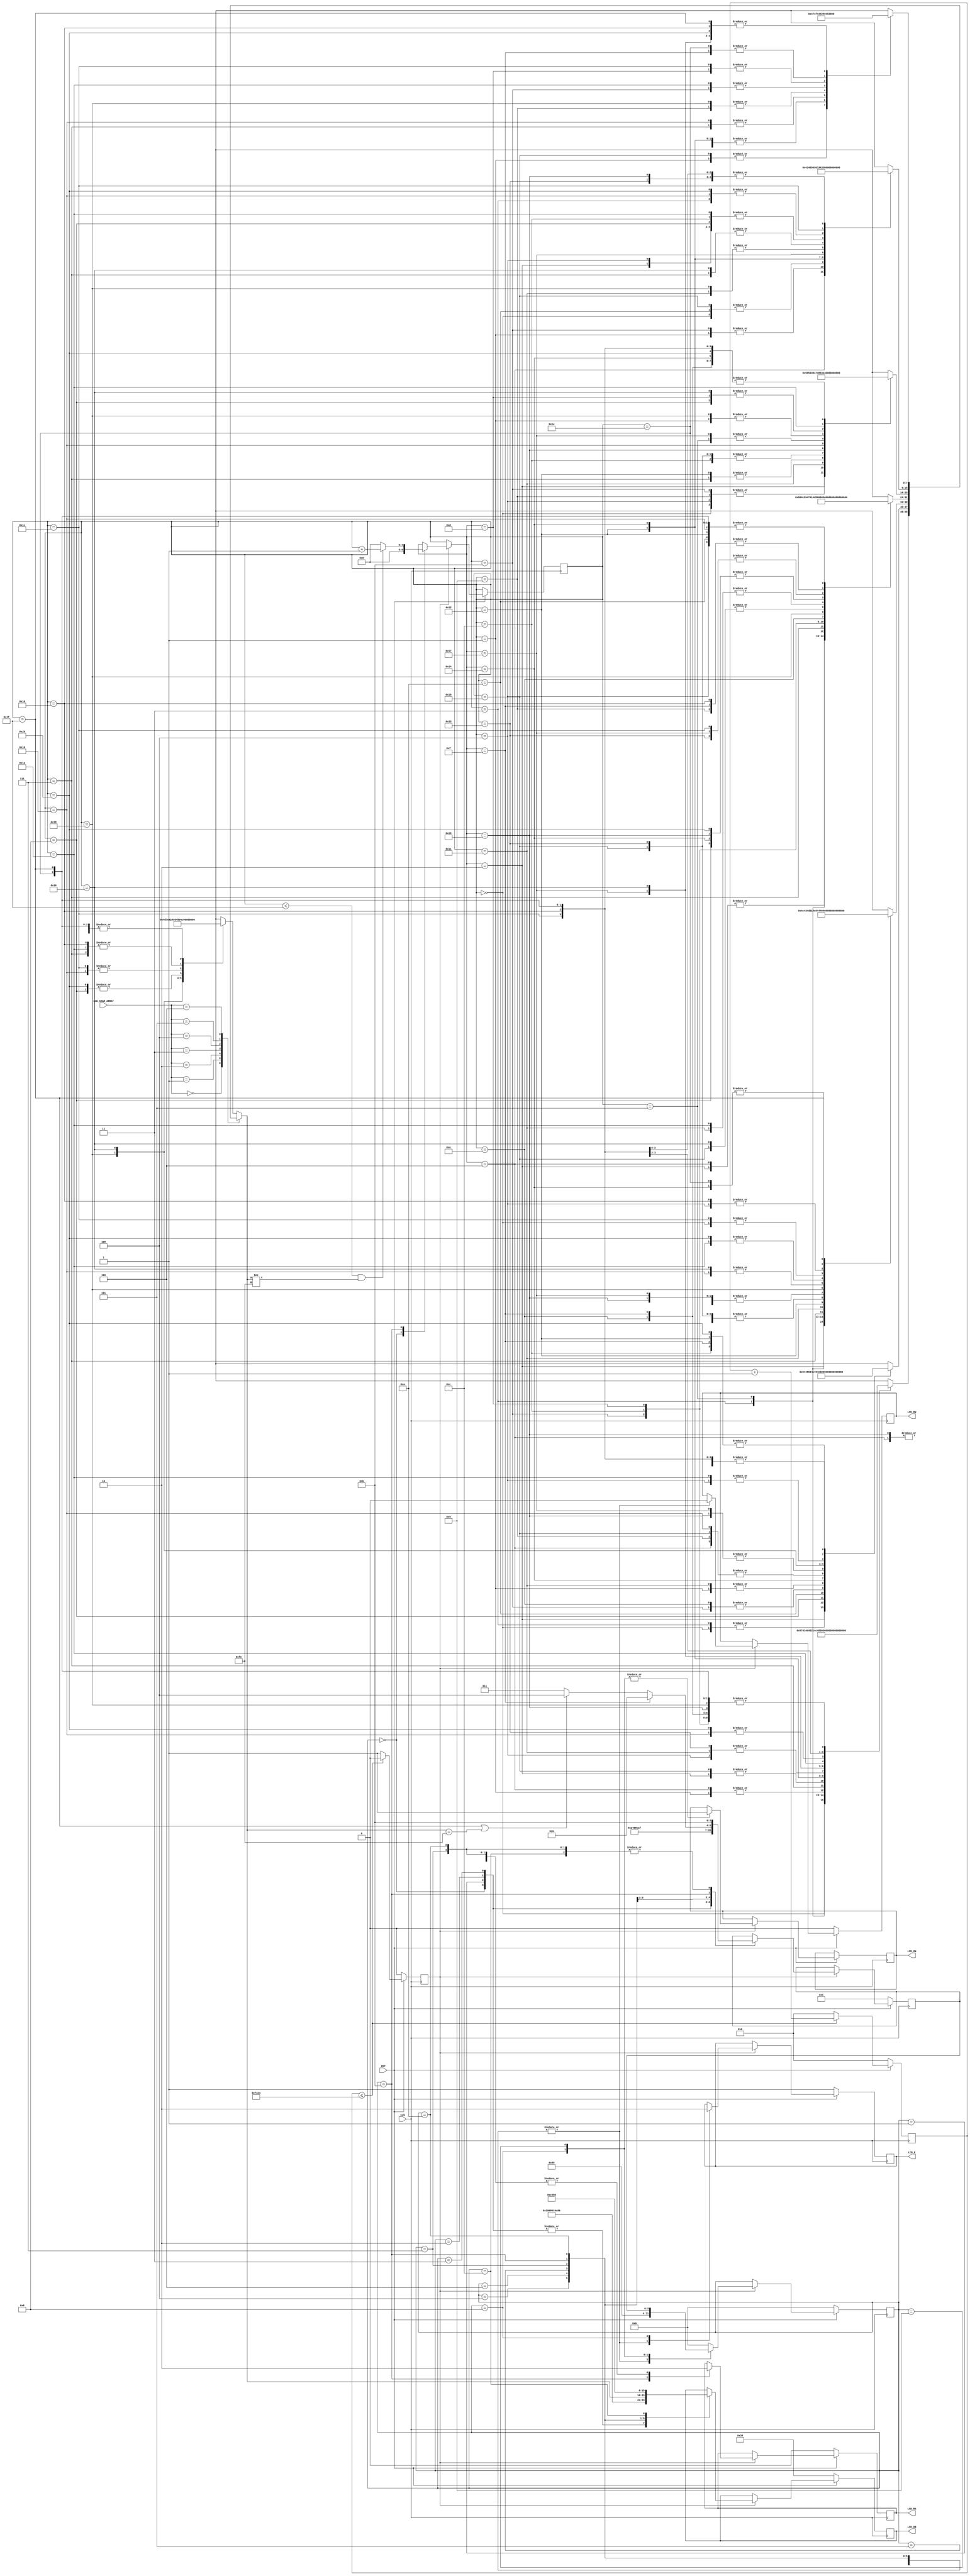
`timescale 1ns / 1ps

module FPGA_2_LCD(
	CLK, LCD_RS, LCD_RW, LCD_E, LCD_DB, RST, LCD_ON, LCD_CHAR_ARRAY
);
input CLK;			
input RST;

input [3:0] LCD_CHAR_ARRAY;         

output reg LCD_RS, LCD_RW, LCD_E, LCD_ON;
output reg [7:0] LCD_DB = 0;

reg clk_400hz_enable; 					
reg [7:0] next_char; 					
reg [19:0] clk_count_400hz;         
reg [4:0] char_count;               

wire [7:0] string1 [31:0];wire [7:0] string2 [31:0];wire [7:0] string3 [31:0];
wire [7:0] string4 [31:0];wire [7:0] string5 [31:0];wire [7:0] string6 [31:0];
wire [7:0] string7 [31:0];wire [7:0] string [31:0];
//-----------------------Hex Characters Used----------------------
reg [7:0] W = 8'h57;reg [7:0] E = 8'h45;reg [7:0] L = 8'h4C;reg [7:0] C = 8'h43;
reg [7:0] O = 8'h4F;reg [7:0] M = 8'h4D;
reg [7:0] G = 8'h47;reg [7:0] I = 8'h49;reg [7:0] N = 8'h4E;reg [7:0] R = 8'h52;
reg [7:0] Q = 8'h51;reg [7:0] U = 8'h55;reg [7:0] T = 8'h54;
reg [7:0] A = 8'h41;reg [7:0] V = 8'h56;reg [7:0] D = 8'h44;reg [7:0] P = 8'h50;
reg [7:0] S = 8'h53;reg [7:0] Y = 8'h59;reg [7:0] H = 8'h48;
reg [7:0] B = 8'h42;reg [7:0] SP = 8'h20;
reg [7:0] EX = 8'h21;reg [7:0] QU = 8'h3F;reg [7:0] _3 = 8'h33;reg [7:0]arrow = 8'h7E;
//-----------------------Assign Char to Strings-----------------
// string 1 "WELCOME!        LOGIN OR QUIT?"
assign string1[0] = W;assign string1[8] = SP;assign string1[16] = L;assign string1[24] = SP;
assign string1[1] = E;assign string1[9] = SP;assign string1[17] = O;assign string1[25] = Q;
assign string1[2] = L;assign string1[10] = SP;assign string1[18] = G;assign string1[26] = U;
assign string1[3] = C;assign string1[11] = SP;assign string1[19] = I;assign string1[27] = I;
assign string1[4] = O;assign string1[12] = SP;assign string1[20] = N;assign string1[28] = T;
assign string1[5] = M;assign string1[13] = SP;assign string1[21] = SP;assign string1[29] = QU;
assign string1[6] = E;assign string1[14] = SP;assign string1[22] = O;assign string1[30] = SP;
assign string1[7] = EX;assign string1[15] = SP;assign string1[23] = R;assign string1[31] = SP;
// string 2
assign string2[0] = E;assign string2[8] = V;assign string2[16] = A;assign string2[24] = W;
assign string2[1] = N;assign string2[9] = A;assign string2[17] = N;assign string2[25] = O;
assign string2[2] = T;assign string2[10] = L;assign string2[18] = D;assign string2[26] = R;
assign string2[3] = E;assign string2[11] = I;assign string2[19] = SP;assign string2[27] = D;
assign string2[4] = R;assign string2[12] = D;assign string2[20] = P;assign string2[28] = SP;
assign string2[5] = SP;assign string2[13] = SP;assign string2[21] = A;assign string2[29] = SP;
assign string2[6] = A;assign string2[14] = I;assign string2[22] = S;assign string2[30] = SP;
assign string2[7] = SP;assign string2[15] = D;assign string2[23] = S;assign string2[31] = SP;
// string 3
assign string3[0] = W;assign string3[8] = SP;assign string3[16] = E;assign string3[24] = P;
assign string3[1] = E;assign string3[9] = SP;assign string3[17] = N;assign string3[25] = A;
assign string3[2] = L;assign string3[10] = SP;assign string3[18] = T;assign string3[26] = S;
assign string3[3] = C;assign string3[11] = SP;assign string3[19] = E;assign string3[27] = S;
assign string3[4] = O;assign string3[12] = SP;assign string3[20] = R;assign string3[28] = W;
assign string3[5] = M;assign string3[13] = SP;assign string3[21] = SP;assign string3[29] = O;
assign string3[6] = E;assign string3[14] = SP;assign string3[22] = A;assign string3[30] = R;
assign string3[7] = EX;assign string3[15] = SP;assign string3[23] = SP;assign string3[31] = D;
// string 4
assign string4[0] = P;assign string4[8] = E;assign string4[16] = O;assign string4[24] = C;
assign string4[1] = L;assign string4[9] = QU;assign string4[17] = R;assign string4[25] = O;
assign string4[2] = A;assign string4[10] = SP;assign string4[18] = SP;assign string4[26] = R;
assign string4[3] = Y;assign string4[11] = Q;assign string4[19] = S;assign string4[27] = E;
assign string4[4] = SP;assign string4[12] = U;assign string4[20] = E;assign string4[28] = S;
assign string4[5] = G;assign string4[13] = I;assign string4[21] = E;assign string4[29] = QU;
assign string4[6] = A;assign string4[14] = T;assign string4[22] = SP;assign string4[30] = SP;
assign string4[7] = M;assign string4[15] = QU;assign string4[23] = S;assign string4[31] = SP;
// string 5
assign string5[0] = T;assign string5[8] = E;assign string5[16] = H;assign string5[24] = R;
assign string5[1] = R;assign string5[9] = T;assign string5[17] = I;assign string5[25] = E;
assign string5[2] = Y;assign string5[10] = SP;assign string5[18] = G;assign string5[26] = EX;
assign string5[3] = SP;assign string5[11] = T;assign string5[19] = H;assign string5[27] = SP;
assign string5[4] = T;assign string5[12] = H;assign string5[20] = SP;assign string5[28] = SP;
assign string5[5] = O;assign string5[13] = E;assign string5[21] = S;assign string5[29] = SP;
assign string5[6] = SP;assign string5[14] = SP;assign string5[22] = C;assign string5[30] = SP;
assign string5[7] = G;assign string5[15] = SP;assign string5[23] = O;assign string5[31] = SP;
// string 6
assign string6[0] = T;assign string6[8] = E;assign string6[16] = T;assign string6[24] = O;
assign string6[1] = H;assign string6[9] = SP;assign string6[17] = O;assign string6[25] = R;
assign string6[2] = E;assign string6[10] = T;assign string6[18] = P;assign string6[26] = E;
assign string6[3] = S;assign string6[11] = H;assign string6[19] = SP;assign string6[27] = S;
assign string6[4] = E;assign string6[12] = E;assign string6[20] = _3;assign string6[28] = EX;
assign string6[5] = SP;assign string6[13] = SP;assign string6[21] = SP;assign string6[29] = SP;
assign string6[6] = A;assign string6[14] = SP;assign string6[22] = S;assign string6[30] = SP;
assign string6[7] = R;assign string6[15] = SP;assign string6[23] = C;assign string6[31] = SP;
//string 7 "goodbye"
assign string7[0] = SP;assign string7[8] = SP;assign string7[16] = G;assign string7[24] = B;
assign string7[1] = G;assign string7[9] = B;assign string7[17] = SP;assign string7[25] = SP;
assign string7[2] = SP;assign string7[10] = SP;assign string7[18] = O;assign string7[26] = Y;
assign string7[3] = O;assign string7[11] = Y;assign string7[19] = SP;assign string7[27] = SP;
assign string7[4] = SP;assign string7[12] = SP;assign string7[20] = O;assign string7[28] = E;
assign string7[5] = O;assign string7[13] = E;assign string7[21] = SP;assign string7[29] = SP;
assign string7[6] = SP;assign string7[14] = SP;assign string7[22] = D;assign string7[30] = EX;
assign string7[7] = D;assign string7[15] = EX;assign string7[23] = SP;assign string7[31] = SP;
// string
assign string[0] = SP;assign string[8] = A;assign string[16] = SP;assign string[24] = P;
assign string[1] = SP;assign string[9] = M;assign string[17] = SP;assign string[25] = L;
assign string[2] = SP;assign string[10] = SP;assign string[18] = arrow;assign string[26] = E;
assign string[3] = SP;assign string[11] = SP;assign string[19] = B;assign string[27] = A;
assign string[4] = SP;assign string[12] = SP;assign string[20] = I;assign string[28] = S;
assign string[5] = SP;assign string[13] = SP;assign string[21] = T;assign string[29] = E;
assign string[6] = T;assign string[14] = SP;assign string[22] = S;assign string[30] = SP;
assign string[7] = E;assign string[15] = SP;assign string[23] = SP;assign string[31] = SP;

/*----------------------SOME NOTES-------------------
when RS and R/W change STATE...wait for at least 40ns ( ~1clock cycle )
after that period of time bring E high and invert E every 250ns (can be larger) ( ~6 clock cycles)
while E is HI, set DATA
when E goes LOW, maintain DATA for atleast 10ns

CLOCK=24MHz ==> 41.667ns
-------------------------END OF NOTES-------------------*/

//===============================================================================================
//------------------------------___State Interface Messages_-------------------------------------
//===============================================================================================
parameter WELCOME = 4'b0000, IDEN = 4'b0001, PWRD = 4'b0010, OPTIONS = 4'b0011, GAME = 4'b0100, SCORES = 4'b0101, BYE = 4'b0110;
parameter INIT1 = 0, INIT2 = 1, INIT3 = 2, FCNSET = 3, DISPOFF = 4, DISPON = 5, 
	DISPCLR = 6, MODESET = 7, DROP_LCD_E = 8, HOLD = 9, LINE2 = 10, PRINT_STRING = 11, RETURN = 12;

//--=====================================================================-- 
//--======================= 400HZ CLOCK SIGNAL ============================--  
//--=====================================================================-- 
always @(posedge CLK) begin
	if (RST == 0) begin
		clk_count_400hz <= 20'h00000;              //x"00000";
        clk_400hz_enable <= 1'b0;
	end
    else begin
        if (clk_count_400hz <= 20'h0F424) begin    // x"0F424"        
            clk_count_400hz <= clk_count_400hz + 1;                                   
            clk_400hz_enable <= 1'b0; 
		end            
        else begin
            clk_count_400hz <= 20'h00000;          //x"00000";
            clk_400hz_enable <= 1'b1;
        end 
    end 
end
//--==================================================================--   

//------------------------------------ STATE MACHINE FOR LCD SCREEN MESSAGE SELECT -----------------------------
//---------------------------------------------------------------------------------------------------------------
always @(LCD_CHAR_ARRAY) begin 
//-- get next character in display string based on the LCD_CHAR_ARRAY (switches or Multiplexer)
     case (LCD_CHAR_ARRAY)
//          -- Welcome message
		WELCOME: begin 
			next_char <= string1[char_count];
		end
		// ENTER A VALID ID AND PASSWORD
		IDEN: begin 
            next_char <= string2[char_count];
		end
		// ENTER A VALID PASSWORD *not being used by ProcessControl
		PWRD: begin 
            next_char <= string3[char_count];
		end
		// PLAY? QUIT? SCORES?
		OPTIONS: begin 
            next_char <= string4[char_count];
		end
		// GAME IN PROGRESS
		GAME: begin 
			next_char <= string5[char_count];
		end
		// (DISPLAY TOP 3)
		SCORES: begin 
            next_char <= string6[char_count];
		end
		// goodbye message on "logout"
		BYE: begin
			next_char <= string7[char_count];
		end
		// TEAM NAME
		default: begin
			next_char <= string[char_count];
		end
	endcase 
end 

//##########################################################################################
//-----------------------------Create the STATE MACHINE------------------------------------
//##########################################################################################
reg [3:0] STATE = 0, NXT_CMD = 0;

always @(posedge CLK) begin
	if (RST == 0) begin
        LCD_DB <= 8'h38;//x"38"; -- RESET
        LCD_E <= 1'b1;
        LCD_RS <= 1'b0;
        LCD_RW <= 1'b0;
			STATE <= INIT1;
			NXT_CMD <= INIT2;		
	end // end if part RST == 0
	else begin
		if (clk_400hz_enable == 1'b1) begin
		case(STATE)
//--======================= INITIALIZATION START ============================--
		    INIT1: begin//reset1 =>
				LCD_E <= 1'b1;
				LCD_RS <= 1'b0;
				LCD_RW <= 1'b0;
				LCD_DB <= 8'h38;//x"38"; -- EXTERNAL RESET
				char_count <= 5'b00000;
				STATE <= DROP_LCD_E;
				NXT_CMD <= INIT2;
			end
		    INIT2: begin//reset2 =>
				LCD_E <= 1'b1;
				LCD_RS <= 1'b0;
				LCD_RW <= 1'b0;
				LCD_DB <= 8'h38;//x"38"; -- EXTERNAL RESET
				STATE <= DROP_LCD_E;
				NXT_CMD <= INIT3;
			end
			INIT3: begin//reset3 =>
				LCD_E <= 1'b1;
				LCD_RS <= 1'b0;
				LCD_RW <= 1'b0;
				LCD_DB <= 8'h38;//x"38"; -- EXTERNAL RESET
				STATE <= DROP_LCD_E;
				NXT_CMD <= FCNSET;
			end
//         -- Function Set
//         --==============--
		    FCNSET: begin//func_set =>                
				LCD_E <= 1'b1;
				LCD_RS <= 1'b0;
				LCD_RW <= 1'b0;
				LCD_DB <= 8'h38;//x"38";  -- Set Function to 8-bit transfer, 2 line display and a 5x8 Font size
				STATE <= DROP_LCD_E;
				NXT_CMD <= DISPOFF;
			end
//         -- Turn off Display
//         --==============-- 
		    DISPOFF: begin//display_off =>
				LCD_E <= 1'b1;
				LCD_RS <= 1'b0;
				LCD_RW <= 1'b0;
				LCD_DB <= 8'h08;//x"08"; -- Turns OFF the Display, Cursor OFF and Blinking Cursor Position OFF.......(0F = Display ON and Cursor ON, Blinking cursor position ON)
				STATE <= DROP_LCD_E;
				NXT_CMD <= DISPCLR;
			end
//         -- Clear Display 
//         --==============--
		    DISPCLR: begin//display_clear =>
				LCD_E <= 1'b1;
				LCD_RS <= 1'b0;
				LCD_RW <= 1'b0;
				LCD_DB <= 8'h01;//x"01"; -- Clears the Display    
				STATE <= DROP_LCD_E;
				NXT_CMD <= DISPON;
			end
//         -- Turn on Display and Turn off cursor
//         --===================================--
		    DISPON: begin//display_on =>
				LCD_E <= 1'b1;
				LCD_RS <= 1'b0;
				LCD_RW <= 1'b0;
				LCD_DB <= 8'h0C;//x"0C"; -- Turns on the Display (0E = Display ON, Cursor ON and Blinking cursor OFF) 
				STATE <= DROP_LCD_E;
				NXT_CMD <= MODESET;
			end
//         -- Set write mode to auto increment address and move cursor to the right
//         --====================================================================--
		    MODESET: begin//mode_set =>
				LCD_E <= 1'b1;
				LCD_RS <= 1'b0;
				LCD_RW <= 1'b0;
				LCD_DB <= 8'h06;//x"06"; -- Auto increment address and move cursor to the right
				STATE <= DROP_LCD_E;
				NXT_CMD <= PRINT_STRING; 
			end
			PRINT_STRING: begin //when print_string =>          
            	STATE <= DROP_LCD_E;
                LCD_E <= 1'b1;
                LCD_RS <= 1'b1;
                LCD_RW <= 1'b0;
					
					LCD_DB <= next_char; // prints character of string sequence

                STATE <= DROP_LCD_E; 
                          
               //-- Loop to send out 32 characters to LCD Display (16 by 2 lines)
               if ((char_count < 8'b00011111) && (next_char != 8'hFE)) begin
                 	char_count <= char_count + 1'b1;  
					end
               else begin
                	char_count <= 5'b00000;
               end
               //-- Jump to second lineQU
               if (char_count == 4'b1111) begin 
                	NXT_CMD <= LINE2;
					end
               //-- Return to first lineQU
               else if ((char_count == 8'b00011111) || (next_char == 8'hFE)) begin
                	NXT_CMD <= RETURN;
					end	 
               else begin
                    NXT_CMD <= PRINT_STRING; 
               end 
			end	
//			-- Set write address to line 2 character 1
//		   --======================================--
		    LINE2: begin// line2 =>
				LCD_E <= 1'b1;
				LCD_RS <= 1'b0;
				LCD_RW <= 1'b0;
				LCD_DB <= 8'hC0; //x"c0";
				STATE <= DROP_LCD_E;
				NXT_CMD <= PRINT_STRING;  
			end
//		   -- Return write address to first character position on line 1
//		   --=========================================================--
		    RETURN: begin // return_home =>
				LCD_E <= 1'b1;
				LCD_RS <= 1'b0;
				LCD_RW <= 1'b0;
				LCD_DB <= 8'h80; //x"80";
				STATE <= DROP_LCD_E;
				NXT_CMD <= PRINT_STRING; 
			end
//		 -- lcd_e will match clk_CUSTOM_hz_enable line when instructed to go LOW, however, if the clk_CUSTOM_hz_enable source clock must be a lower count value or it will reset LOW anyhow.
//       -- The next states occur at the end of each command or data transfer to the LCD
//       -- Drop LCD E line - falling edge loads inst/data to LCD controller
//       --============================================================================--
			DROP_LCD_E: begin//drop_lcd_e =>
				LCD_E <= 1'b0;
				LCD_ON <= 1'b1;
				STATE <= HOLD;
			end
//       -- Hold LCD inst/data valid after falling edge of E line
//       --====================================================--
			HOLD: begin//hold =>
				LCD_ON <= 1'b1;
				STATE <= NXT_CMD;
			end
			default: begin
				STATE <= INIT1;
			end
		endcase
		end // end if part
	end // end else part
end // end always block

endmodule